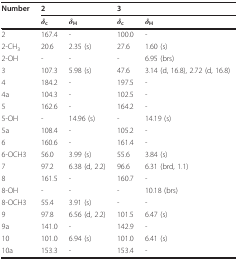
| Number | <COLSPAN=2> 2 | <COLSPAN=2> 3 |
 |  | δc | δH | δc | δH |
 | --- | --- | --- | --- | --- |
 | 2 | 167.4 | - | 100.0 | - |
 | 2-CH3 | 20.6 | 2.35 (s) | 27.6 | 1.60 (s) |
 | 2-OH | - | - | - | 6.95 (brs) |
 | 3 | 107.3 | 5.98 (s) | 47.6 | 3.14 (d, 16.8), 2.72 (d, 16.8) |
 | 4 | 184.2 | - | 197.5 | - |
 | 4a | 104.3 | - | 102.5 | - |
 | 5 | 162.6 | - | 164.2 | - |
 | 5-OH | - | 14.96 (s) | - | 14.19 (s) |
 | 5a | 108.4 | - | 105.2 | - |
 | 6 | 160.6 | - | 161.4 | - |
 | 6-OCH3 | 56.0 | 3.99 (s) | 55.6 | 3.84 (s) |
 | 7 | 97.2 | 6.38 (d, 2.2) | 96.6 | 6.31 (brd, 1.1) |
 | 8 | 161.5 | - | 160.7 | - |
 | 8-OH | - | - | - | 10.18 (brs) |
 | 8-OCH3 | 55.4 | 3.91 (s) | - | - |
 | 9 | 97.8 | 6.56 (d, 2.2) | 101.5 | 6.47 (s) |
 | 9a | 141.0 | - | 142.9 | - |
 | 10 | 101.0 | 6.94 (s) | 101.0 | 6.41 (s) |
 | 10a | 153.3 | - | 153.4 | - |